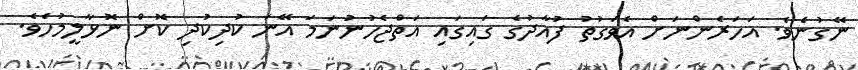
ނޭގުނެވެ. އަހަރެންނަށް އެވަގުތު ފުއާދުގެ ގައިގައި އަތްޖެހުނުނަމަ އޭނަ ކުދިކުދި ކޮށް ނޮޅާލީމުހެވެ.